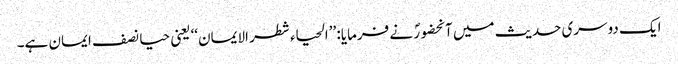
ایک دوسری حدیث میں آنحضورؐ نے فرمایا: ’’الحیاء شطر الایمان‘‘ یعنی حیا نصف ایمان ہے۔